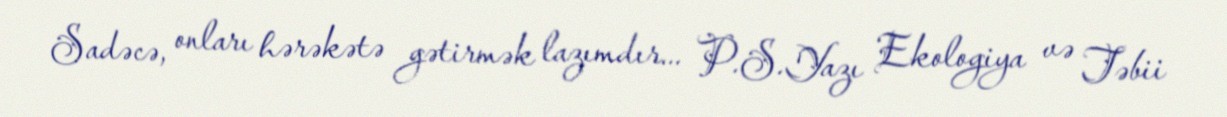
Sadəcə, onları hərəkətə gətirmək lazımdır... P.S.Yazı Ekologiya və Təbii